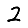
Digit: 2